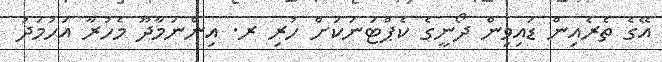
އޭގެ ތެރެއިން ޑައިވިން ދޯނީގެ ކެޕްޓަނަކަށް ހުރި ރ. އިންނަމާދޫ މެހުރާ އަހުމަދު